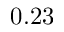
0 . 2 3